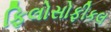
ફિલોસોફીકલ